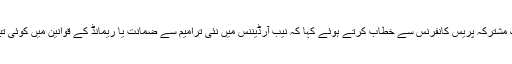
انہوں نے اتوار کی شام اسلام آباد میں مواصلات کے وزیر مراد سعید کے ہمراہ ایک مشترکہ پریس کانفرنس سے خطاب کرتے ہوئے کہا کہ نیب آرڈیننس میں نئی ترامیم سے ضمانت یا ریمانڈ کے قوانین میں کوئی تبدیلی نہیں آئی ہے اور بدعنوان عناصر کے خلاف کارروائی مسلسل جاری رہے گی۔